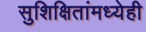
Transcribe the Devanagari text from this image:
सुशिक्षितांमध्येही